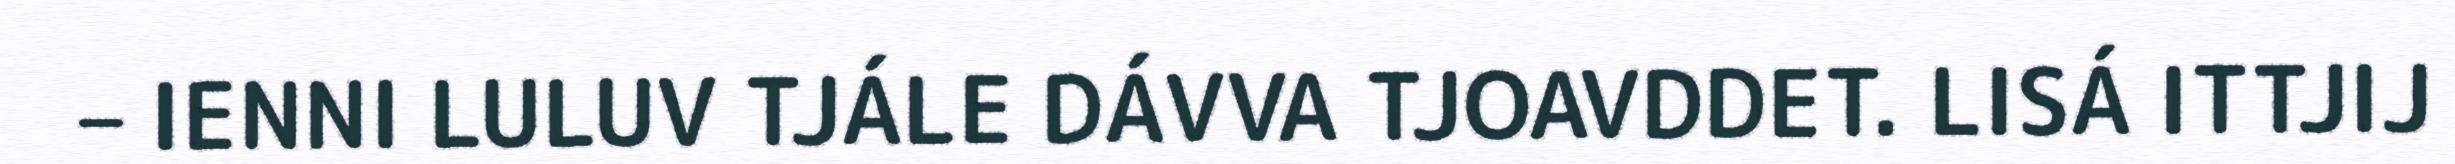
– IENNI LULUV TJÁLE DÁVVA TJOAVDDET. LISÁ ITTJIJ